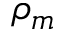
\rho _ { m }